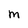
Character: M